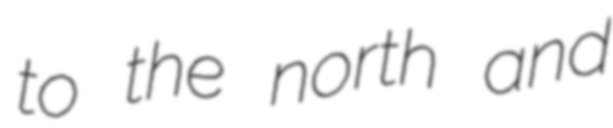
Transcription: to the north and